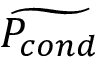
\widetilde { P _ { c o n d } }